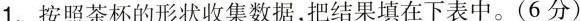
1.按照茶杯的形状收集数据，把结果填在下表中。(6分)